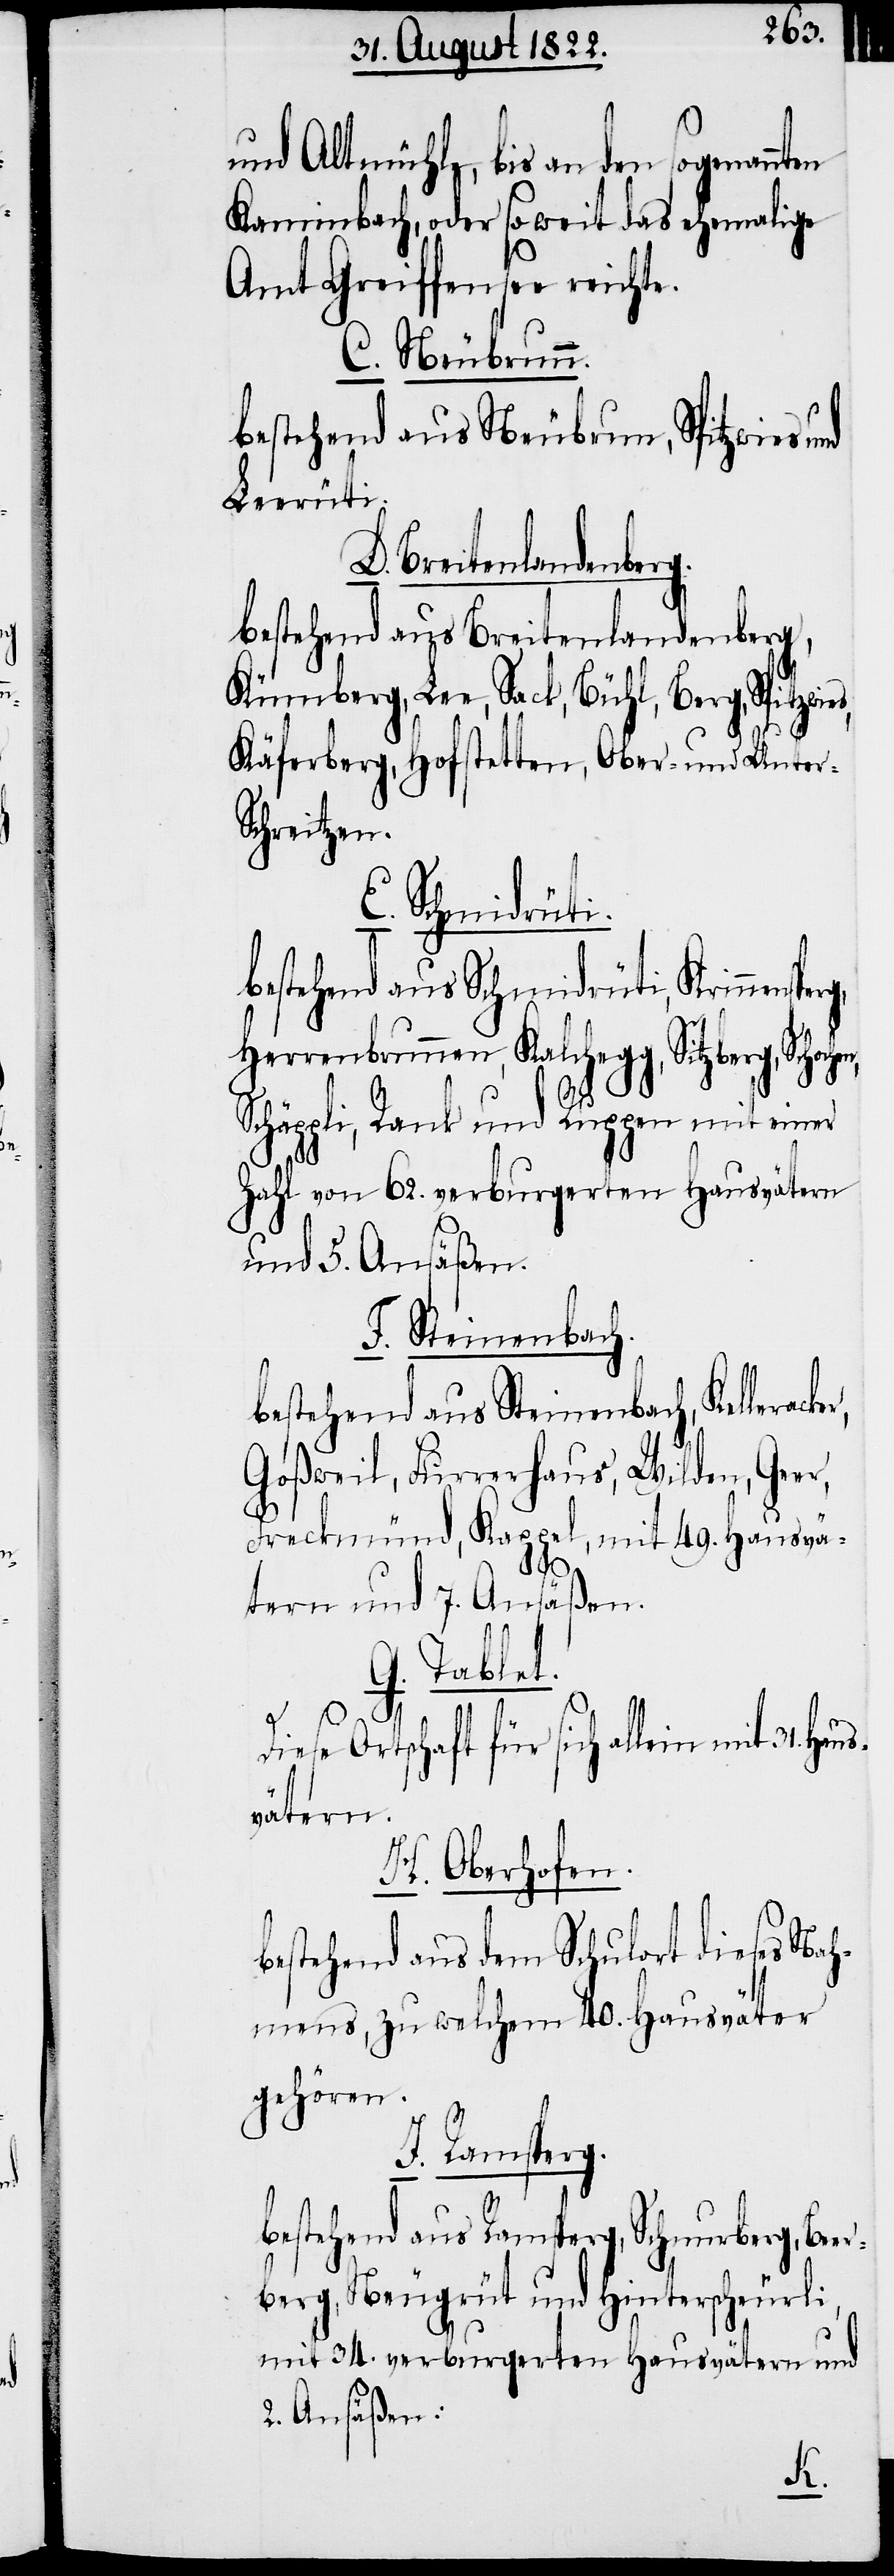
und Altmühl, bis an den sogenannten
Kaminbach, oder soweit das ehemalige
Amt Greiffensee reichte.
C. Neubrunn.
bestehend aus Neubrunn, Spitzwies
Leerüti.
Breitenlandenberg.
bestehend aus Breitenlandenberg,
Kümberg, Lee, Sack, Bühl, Berg, Spitzwie¬
Käferberg, Hofstetten, Ober- und Unter-S¬
chreitzen.
E. Schmidrüti.
bestehend aus Schmidrüti, Krimmen¬
Herrenbrunnen, Kahlegg, Sitzberg, Schoche¬
Schäppli, Rank und Ruppen mit einer
Zahl von 62. verburgerten Hausvätern
und 5. Ansäßen.
F. Steinenbach.
r,
bestehend aus Steinenbach, Kelleracke¬
Goßweil, Furrerhaus, Wilden, Gee¬
Freckmünd, Kappel, mit 49. Hausvä¬
tern und 7. Ansäßen.
Tablet.
G.
sperg,
se Ortschaft für sich allein mit
vätern.
H. Oberhofen.
bestehend aus dem Schulort dieses Nah¬
mens, zu welchem 40. Hausväter
gehören.
I. Ramsperg.
31.
bestehend aus Ramsperg, Schnurberg, Be¬
berg, Neugrüt und Hinterscheürli,
mit 34. verburgerten Hausvätern und
2. Ansäßen:
er¬